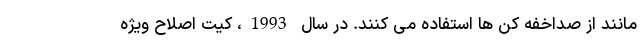
مانند از صداخفه کن ها استفاده می کنند. در سال 1993، کیت اصلاح ویژه